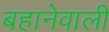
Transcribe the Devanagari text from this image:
बहानेवाली